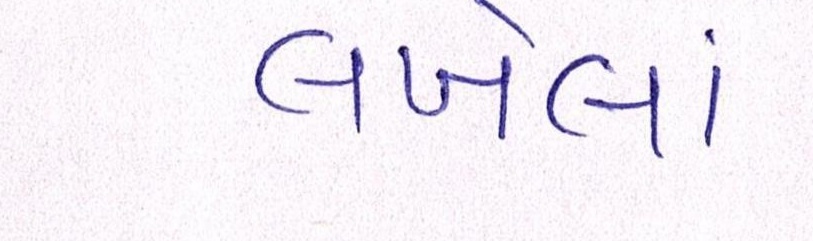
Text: લખેલાં